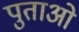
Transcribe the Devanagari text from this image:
पुताओ